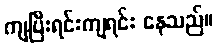
ကျပြီးရင်းကျရင်း နေသည်။